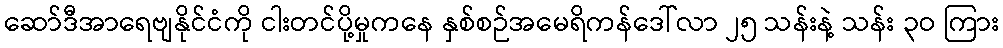
ဆော်ဒီအာရေဗျနိုင်ငံကို ငါးတင်ပို့မှုကနေ နှစ်စဉ်အမေရိကန်ဒေါ်လာ ၂၅ သန်းနဲ့ သန်း ၃ဝ ကြား